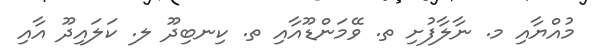
މުއްޔާއި މ. ނާލާފުށި ތ. ވޭމަންޑޫއާއި ތ. ކިނބިދޫ ލ. ކަލައިދޫ އާއި